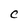
Character: C